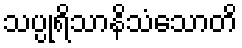
သပ္ပုရိသာနိသံသောတိ